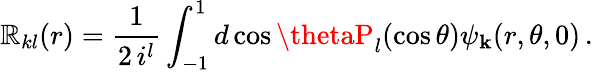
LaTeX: \mathbb{R}_{kl}(r)={\frac{{1}}{{2\, i^{l}}}}\int_{-1}^{1}d\cos\thetaP_{l}(\cos\theta)\psi_{\mathbf{k}}(r,\theta,0)\, .